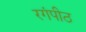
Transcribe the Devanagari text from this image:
रगंपीठ